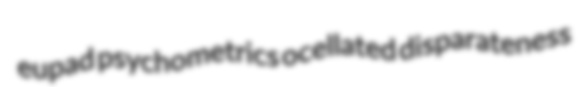
eupad psychometrics ocellated disparateness